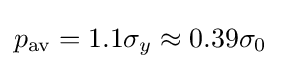
p_{\text{av}}=1.1\sigma _{y}\approx 0.39\sigma _{0}